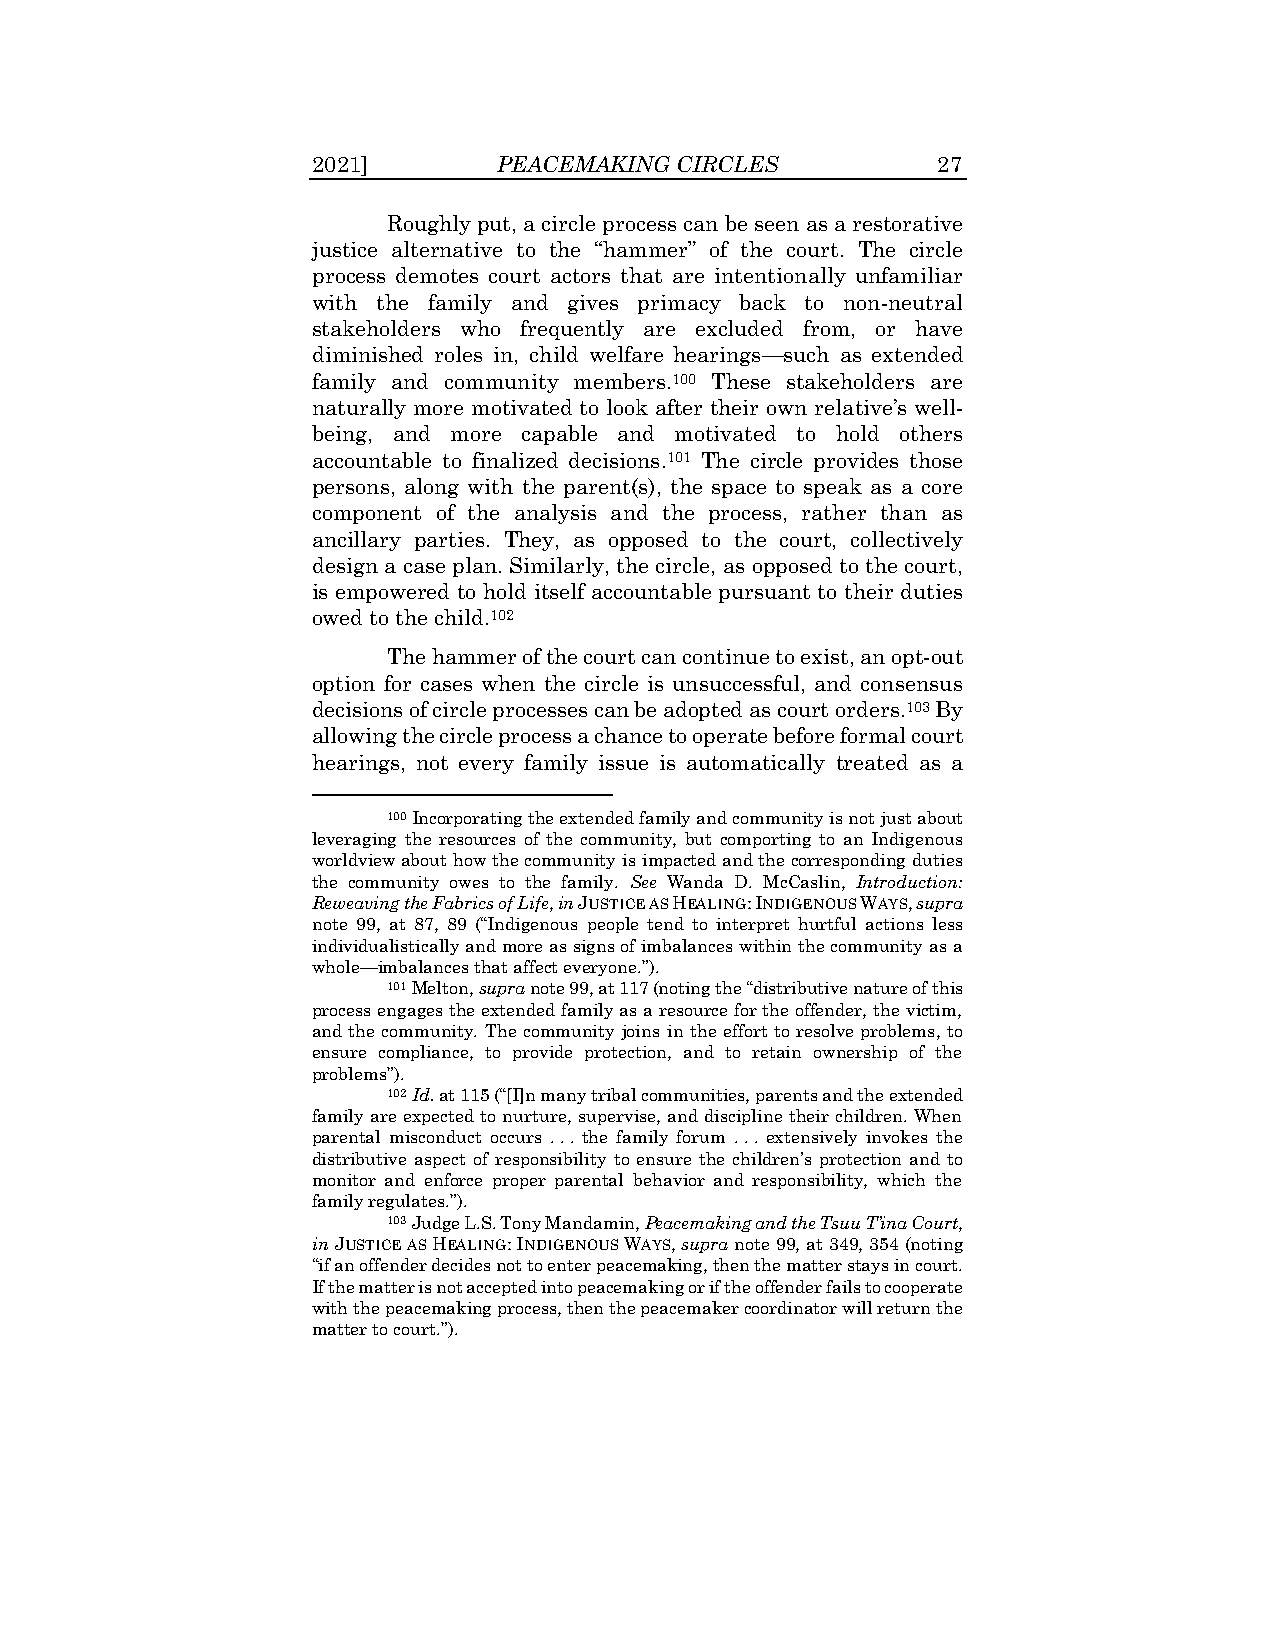
2021]       PEACEMAKING CIRCLES          27
 Roughly put, a circle process can be seen as a restorative
 justice alternative to the “hammer” of the court. The circle
 process demotes court actors that are intentionally unfamiliar
 with the family and gives primacy back to non-neutral
 stakeholders who frequently are excluded from, or have
 diminished roles in, child welfare hearings—such as extended
 family and community members.100 These stakeholders are
 naturally more motivated to look after their own relative’s well-
 being, and more capable and motivated to hold others
 accountable to finalized decisions.101 The circle provides those
 persons, along with the parent(s), the space to speak as a core
 component of the analysis and the process, rather than as
 ancillary parties. They, as opposed to the court, collectively
 design a case plan. Similarly, the circle, as opposed to the court,
 is empowered to hold itself accountable pursuant to their duties
 owed to the child.102
 The hammer of the court can continue to exist, an opt-out
 option for cases when the circle is unsuccessful, and consensus
 decisions of circle processes can be adopted as court orders.103 By
 allowing the circle process a chance to operate before formal court
 hearings, not every family issue is automatically treated as a
 100 Incorporating the extended family and community is not just about
 leveraging the resources of the community, but comporting to an Indigenous
 worldview about how the community is impacted and the corresponding duties
 the community owes to the family. See Wanda D. McCaslin, Introduction:
 Reweaving the Fabrics of Life, in JUSTICE AS HEALING: INDIGENOUS WAYS, supra
 note 99, at 87, 89 (“Indigenous people tend to interpret hurtful actions less
 individualistically and more as signs of imbalances within the community as a
 whole—imbalances that affect everyone.”).
 101 Melton, supra note 99, at 117 (noting the “distributive nature of this
 process engages the extended family as a resource for the offender, the victim,
 and the community. The community joins in the effort to resolve problems, to
 ensure compliance, to provide protection, and to retain ownership of the
 problems”).
 102 Id. at 115 (“[I]n many tribal communities, parents and the extended
 family are expected to nurture, supervise, and discipline their children. When
 parental misconduct occurs . . . the family forum . . . extensively invokes the
 distributive aspect of responsibility to ensure the children’s protection and to
 monitor and enforce proper parental behavior and responsibility, which the
 family regulates.”).
 103 Judge L.S. Tony Mandamin, Peacemaking and the Tsuu T’ina Court,
 in JUSTICE AS HEALING: INDIGENOUS WAYS, supra note 99, at 349, 354 (noting
 “if an offender decides not to enter peacemaking, then the matter stays in court.
 If the matter is not accepted into peacemaking or if the offender fails to cooperate
 with the peacemaking process, then the peacemaker coordinator will return the
 matter to court.”).